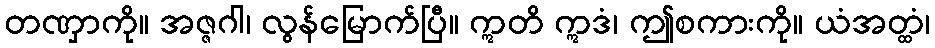
တဏှာကို။ အဇ္ဇဂါ၊ လွန်မြောက်ပြီ။ ဣတိ ဣဒံ၊ ဤစကားကို။ ယံအတ္ထံ၊